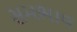
સમભાવ